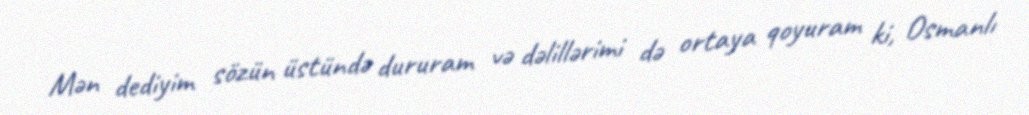
Mən dediyim sözün üstündə dururam və dəlillərimi də ortaya qoyuram ki, Osmanlı